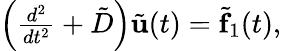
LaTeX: \begin{array}{r}{\left(\frac{d^{2}}{dt^{2}}+{\tilde{D}}\right){\tilde{\mathbf u}}(t)={\tilde{\mathbf f}}_{1}(t),}\end{array}